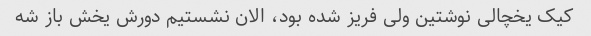
کیک یخچالی نوشتین ولی فریز شده بود، الان نشستیم دورش یخش باز شه